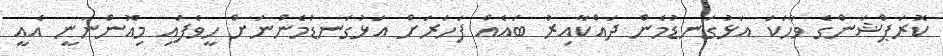
ކޮރަޕްޝަންގެ ވާހަކަ އަޅުގަނޑުމެން ދައްކާއިރު ބައެއް ފަހަރަށް އަޅުގަނޑުމެންނަށް ހީވެފައި މިއޮންނަނީ އެއީ